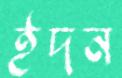
ইদন